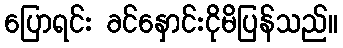
ပြောရင်း ခင်နှောင်းငိုမိပြန်သည်။